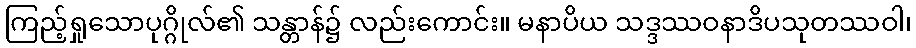
ကြည့်ရှုသောပုဂ္ဂိုလ်၏ သန္တာန်၌ လည်းကောင်း။ မနာပိယ သဒ္ဒဿဝနာဒိပသုတဿဝါ၊